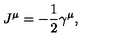
J ^ { \mu } = - \frac { 1 } { 2 } \gamma ^ { \mu } ,